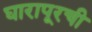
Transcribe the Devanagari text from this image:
घारापूरची